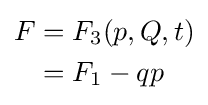
{\begin{aligned}F&=F_{3}(p,Q,t)\\&=F_{1}-qp\end{aligned}}